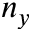
n _ { y }